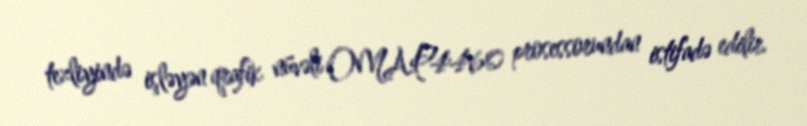
tezliyində işləyən qrafik nüvəli OMAP4460 prosessorundan istifadə edilir.